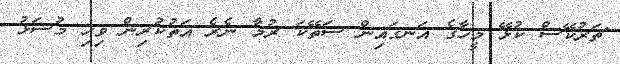
ޗަރުކޭސް ކުޅޭ މީހާގެ އަނގައިން ސަތޭކަ ރުމާ ނެރެ އަތުކުރިން ވިހި މުސަޅު